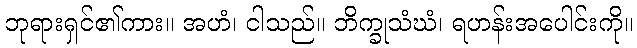
ဘုရားရှင်၏ကား။ အဟံ၊ ငါသည်။ ဘိက္ခုသံဃံ၊ ရဟန်းအပေါင်းကို။